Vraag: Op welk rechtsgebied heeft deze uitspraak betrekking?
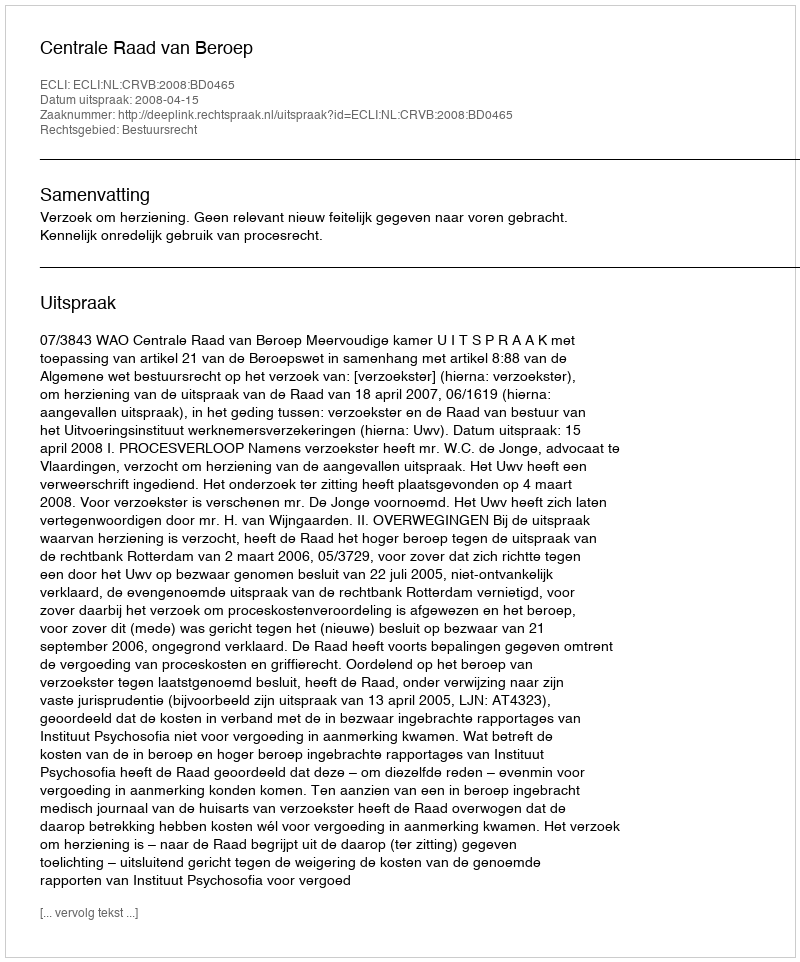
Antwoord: Bestuursrecht